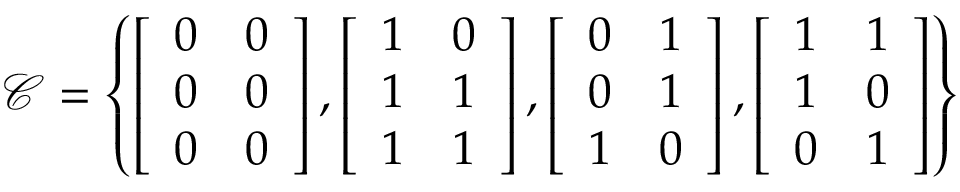
\mathcal { C } = \left\lbrace \left[ \begin{array} { c c } { 0 } & { 0 } \\ { 0 } & { 0 } \\ { 0 } & { 0 } \end{array} \right] , \left[ \begin{array} { c c } { 1 } & { 0 } \\ { 1 } & { 1 } \\ { 1 } & { 1 } \end{array} \right] , \left[ \begin{array} { c c } { 0 } & { 1 } \\ { 0 } & { 1 } \\ { 1 } & { 0 } \end{array} \right] , \left[ \begin{array} { c c } { 1 } & { 1 } \\ { 1 } & { 0 } \\ { 0 } & { 1 } \end{array} \right] \right\rbrace